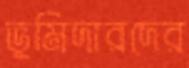
ভূমিদারদের